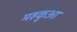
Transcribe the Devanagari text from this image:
महकुआ